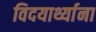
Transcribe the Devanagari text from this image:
विदयार्थ्याना